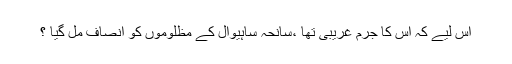
اس لیے کہ اس کا جرم غریبی تھا ،سانحہ ساہیوال کے مظلوموں کو انصاف مل گیا ؟